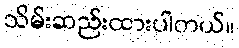
သိမ်းဆည်းထားပါတယ်။